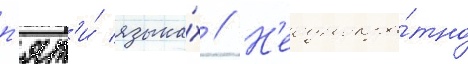
п'ят'и́ языка́х // Н'еоднокра́тно